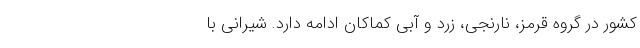
کشور در گروه قرمز، نارنجی، زرد و آبی کماکان ادامه دارد. شیرانی با